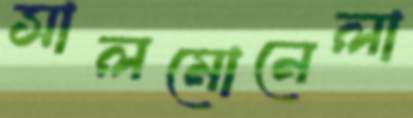
সালমোনেলা